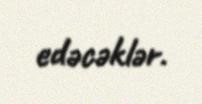
edəcəklər.